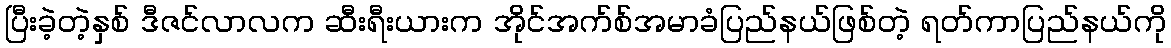
ပြီးခဲ့တဲ့နှစ် ဒီဇင်လာလက ဆီးရီးယားက အိုင်အက်စ်အမာခံပြည်နယ်ဖြစ်တဲ့ ရတ်ကာပြည်နယ်ကို